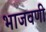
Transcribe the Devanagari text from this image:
भाजवणी